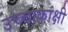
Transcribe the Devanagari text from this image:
उच्चाकांक्षी